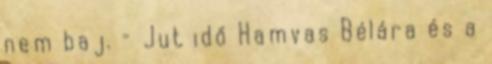
nem baj. – Jut idő Hamvas Bélára és a